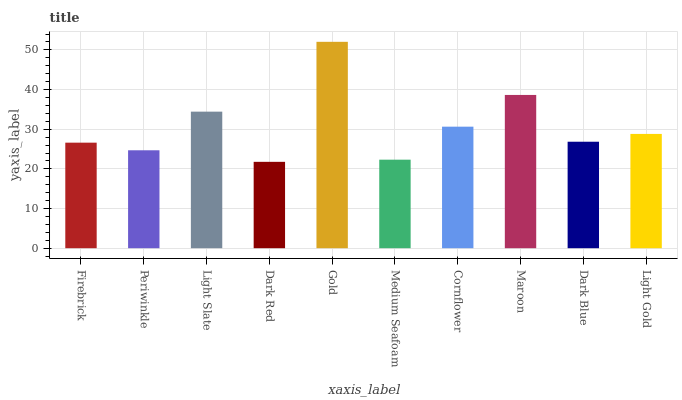
| xaxis_label | bars |
 | --- | --- |
 | Firebrick | 26.6 |
 | Periwinkle | 24.7 |
 | Light Slate | 34.4 |
 | Dark Red | 21.8 |
 | Gold | 52 |
 | Medium Seafoam | 22.3 |
 | Cornflower | 30.6 |
 | Maroon | 38.6 |
 | Dark Blue | 26.8 |
 | Light Gold | 28.8 |